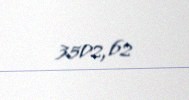
3502,62